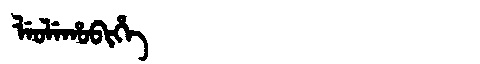
Manchu: ᠯᡝᠣᠯᡝᡥᠣᠪᡳᡥᡝ
Romanization: LEOLEHOBIHE